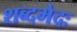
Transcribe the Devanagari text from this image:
शब्दभेदः